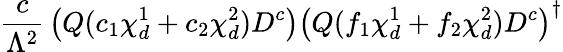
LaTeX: {\frac{c}{\Lambda^{2}}}\left({Q}(c_{1}\chi_{d}^{1}+c_{2}\chi_{d}^{2})D^{c}\right)\left({Q}(f_{1}\chi_{d}^{1}+f_{2}\chi_{d}^{2})D^{c}\right)^{\dagger}